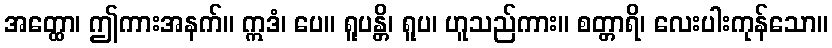
အတ္ထော၊ ဤကားအနက်။ ဣဒံ၊ ပေ။ ရူပန္တိ၊ ရူပ၊ ဟူသည်ကား။ စတ္တာရိ၊ လေးပါးကုန်သော။